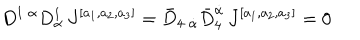
D ^ { 1 \; \alpha } D _ { \alpha } ^ { 1 } \, J ^ { [ a _ { 1 } , a _ { 2 } , a _ { 3 } ] } = \bar { D } _ { 4 \; \dot { \alpha } } \bar { D } _ { 4 } ^ { \dot { \alpha } } \, J ^ { [ a _ { 1 } , a _ { 2 } , a _ { 3 } ] } = 0